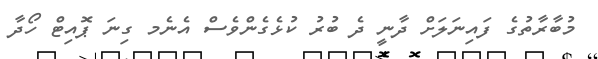
މުބާރާތުގެ ފައިނަލަށް ދާނީ ދެ ބުރު ކުޅެގެންވެސް އެނެމ ގިނަ ޕޮއިޓް ހޯދާ